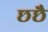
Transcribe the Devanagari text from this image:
छछै